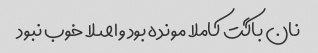
نان باگت کاملا مونده بود و اصلا خوب نبود